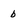
Character: b